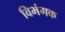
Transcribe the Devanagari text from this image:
विभंगक